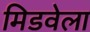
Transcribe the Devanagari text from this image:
मिडवेला